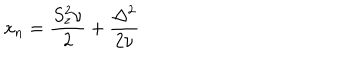
x _ { n } = \frac { S _ { z } ^ { 2 } \nu } { 2 } + \frac { \Delta ^ { 2 } } { 2 \nu }